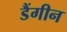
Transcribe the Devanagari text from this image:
डैंगीन